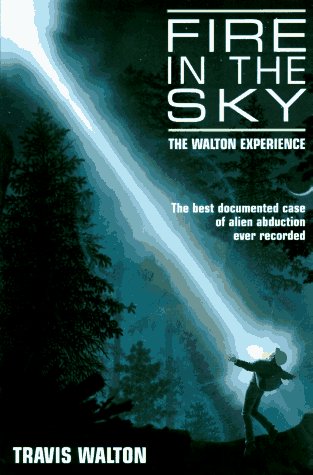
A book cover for Fire in the Sky: The Walton Experience; Travis Walton; Biographies & Memoirs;